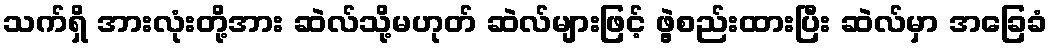
သက်ရှိ အားလုံးတို့အား ဆဲလ်သို့မဟုတ် ဆဲလ်များဖြင့် ဖွဲ့စည်းထားပြီး ဆဲလ်မှာ အခြေခံ